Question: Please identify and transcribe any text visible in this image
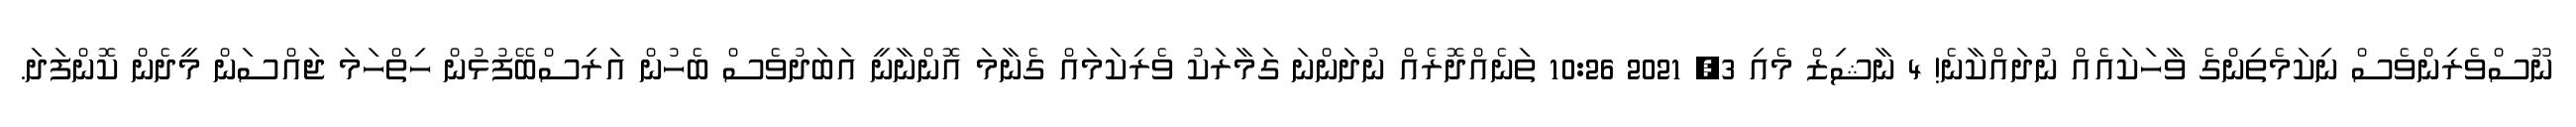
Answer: ނޫސްވެރިންވެސް ނިކަމެތިންގެ ވާހަކައެއް ނުދައްކާނެ! 4 ނާޝިޒް މެއި 3, 2021 10:26 ތަނެއްދޮރެއް ނުދަންނަ ގަމާރަކު ވެރިކަމައް ގެނާމަ އޮންނާނީ އަބަދުވެސް ބެހުން އަރިސްބޭފުޅުން ހިތްހަމަ ޖައްސަން މީދެން ކޮންފަދަ.